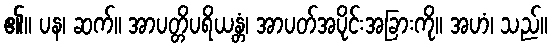
၏။ ပန၊ ဆက်။ အာပတ္တိပရိယန္တံ၊ အာပတ်အပိုင်းအခြားကို။ အဟံ၊ သည်။